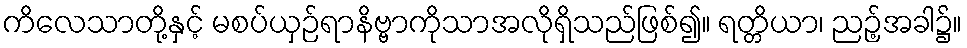
ကိလေသာတို့နှင့် မစပ်ယှဉ်ရာနိဗ္ဗာကိုသာအလိုရှိသည်ဖြစ်၍။ ရတ္တိယာ၊ ညဉ့်အခါ၌။